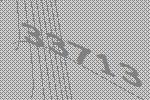
33713